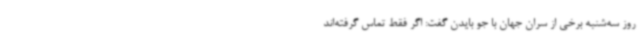
روز سه‌شنبه برخی از سران جهان با جو بایدن گفت: اگر فقط تماس گرفته‌اند